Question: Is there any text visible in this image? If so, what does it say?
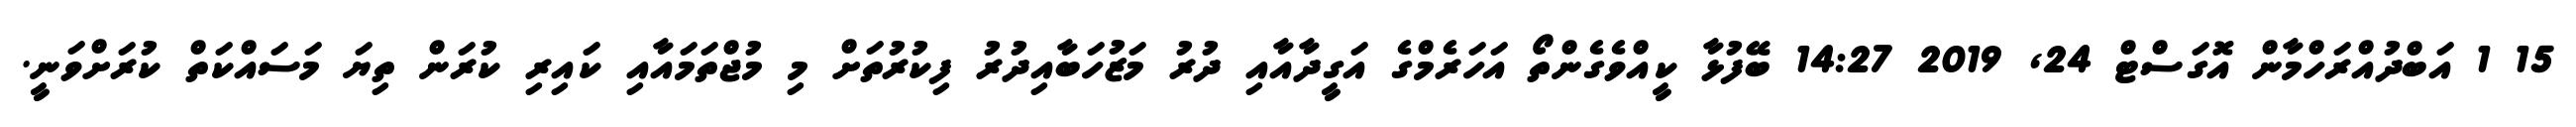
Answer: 15 1 އަބްދުއްރަހްމާން އޮގަސްޓް 24, 2019 14:27 ބޭފުޅާ ކީއްވެގެންތޯ އަހަރެމްގެ އަގީދާއާއި ދުރު މަޒުހަބާއިދުރު ފިކުރުތަށް މި މުޖްތަމައާއި ކައިރި ކުރަން ތިޔަ މަސައްކަތް ކުރަށްވަނީ.